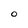
Character: O